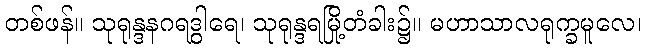
တစ်ဖန်။ သုရုန္ဒနဂရဒွါရေ၊ သုရုန္ဒရမြို့တံခါး၌။ မဟာသာလရုက္ခမူလေ၊